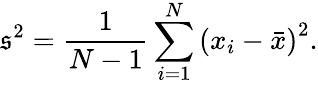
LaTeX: \mathfrak{s}^{2}={\frac{{1}}{{N-1}}}\sum_{i=1}^{N}\left(x_{i}-{\bar{{x}}}\right)^{2}.